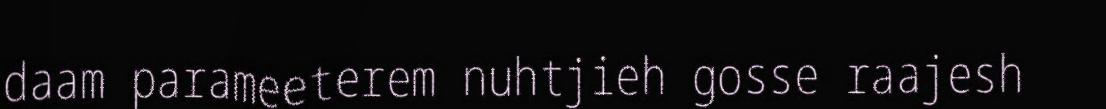
daam parameeterem nuhtjieh gosse raajesh